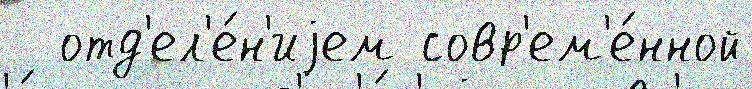
  отд'ел'е́н'иjем совр'ем'е́нной